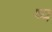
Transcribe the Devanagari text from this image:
ष्य